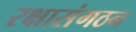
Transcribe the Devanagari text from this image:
रक्षासंगठन